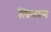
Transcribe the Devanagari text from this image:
लिप्सन